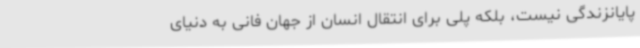
پایانزندگی نیست، بلکه پلی برای انتقال انسان از جهان فانی به دنیای